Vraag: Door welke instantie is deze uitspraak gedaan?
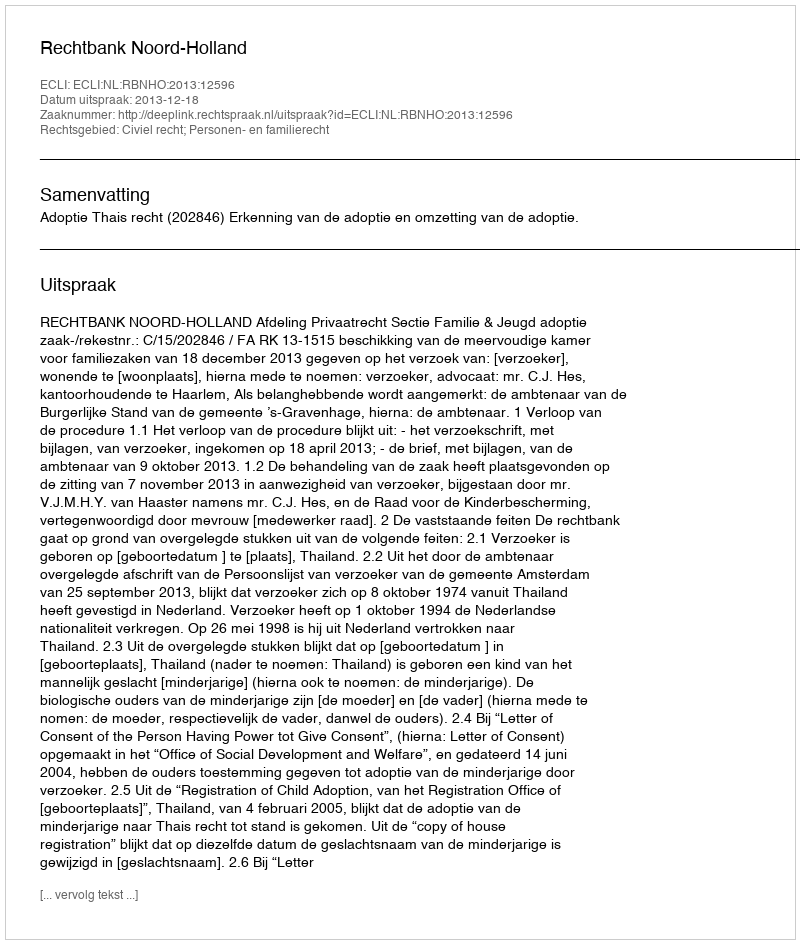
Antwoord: Rechtbank Noord-Holland